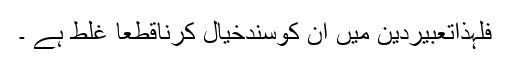
فلہذاتعبیردین میں ان کوسندخیال کرناقطعاً غلط ہے ۔